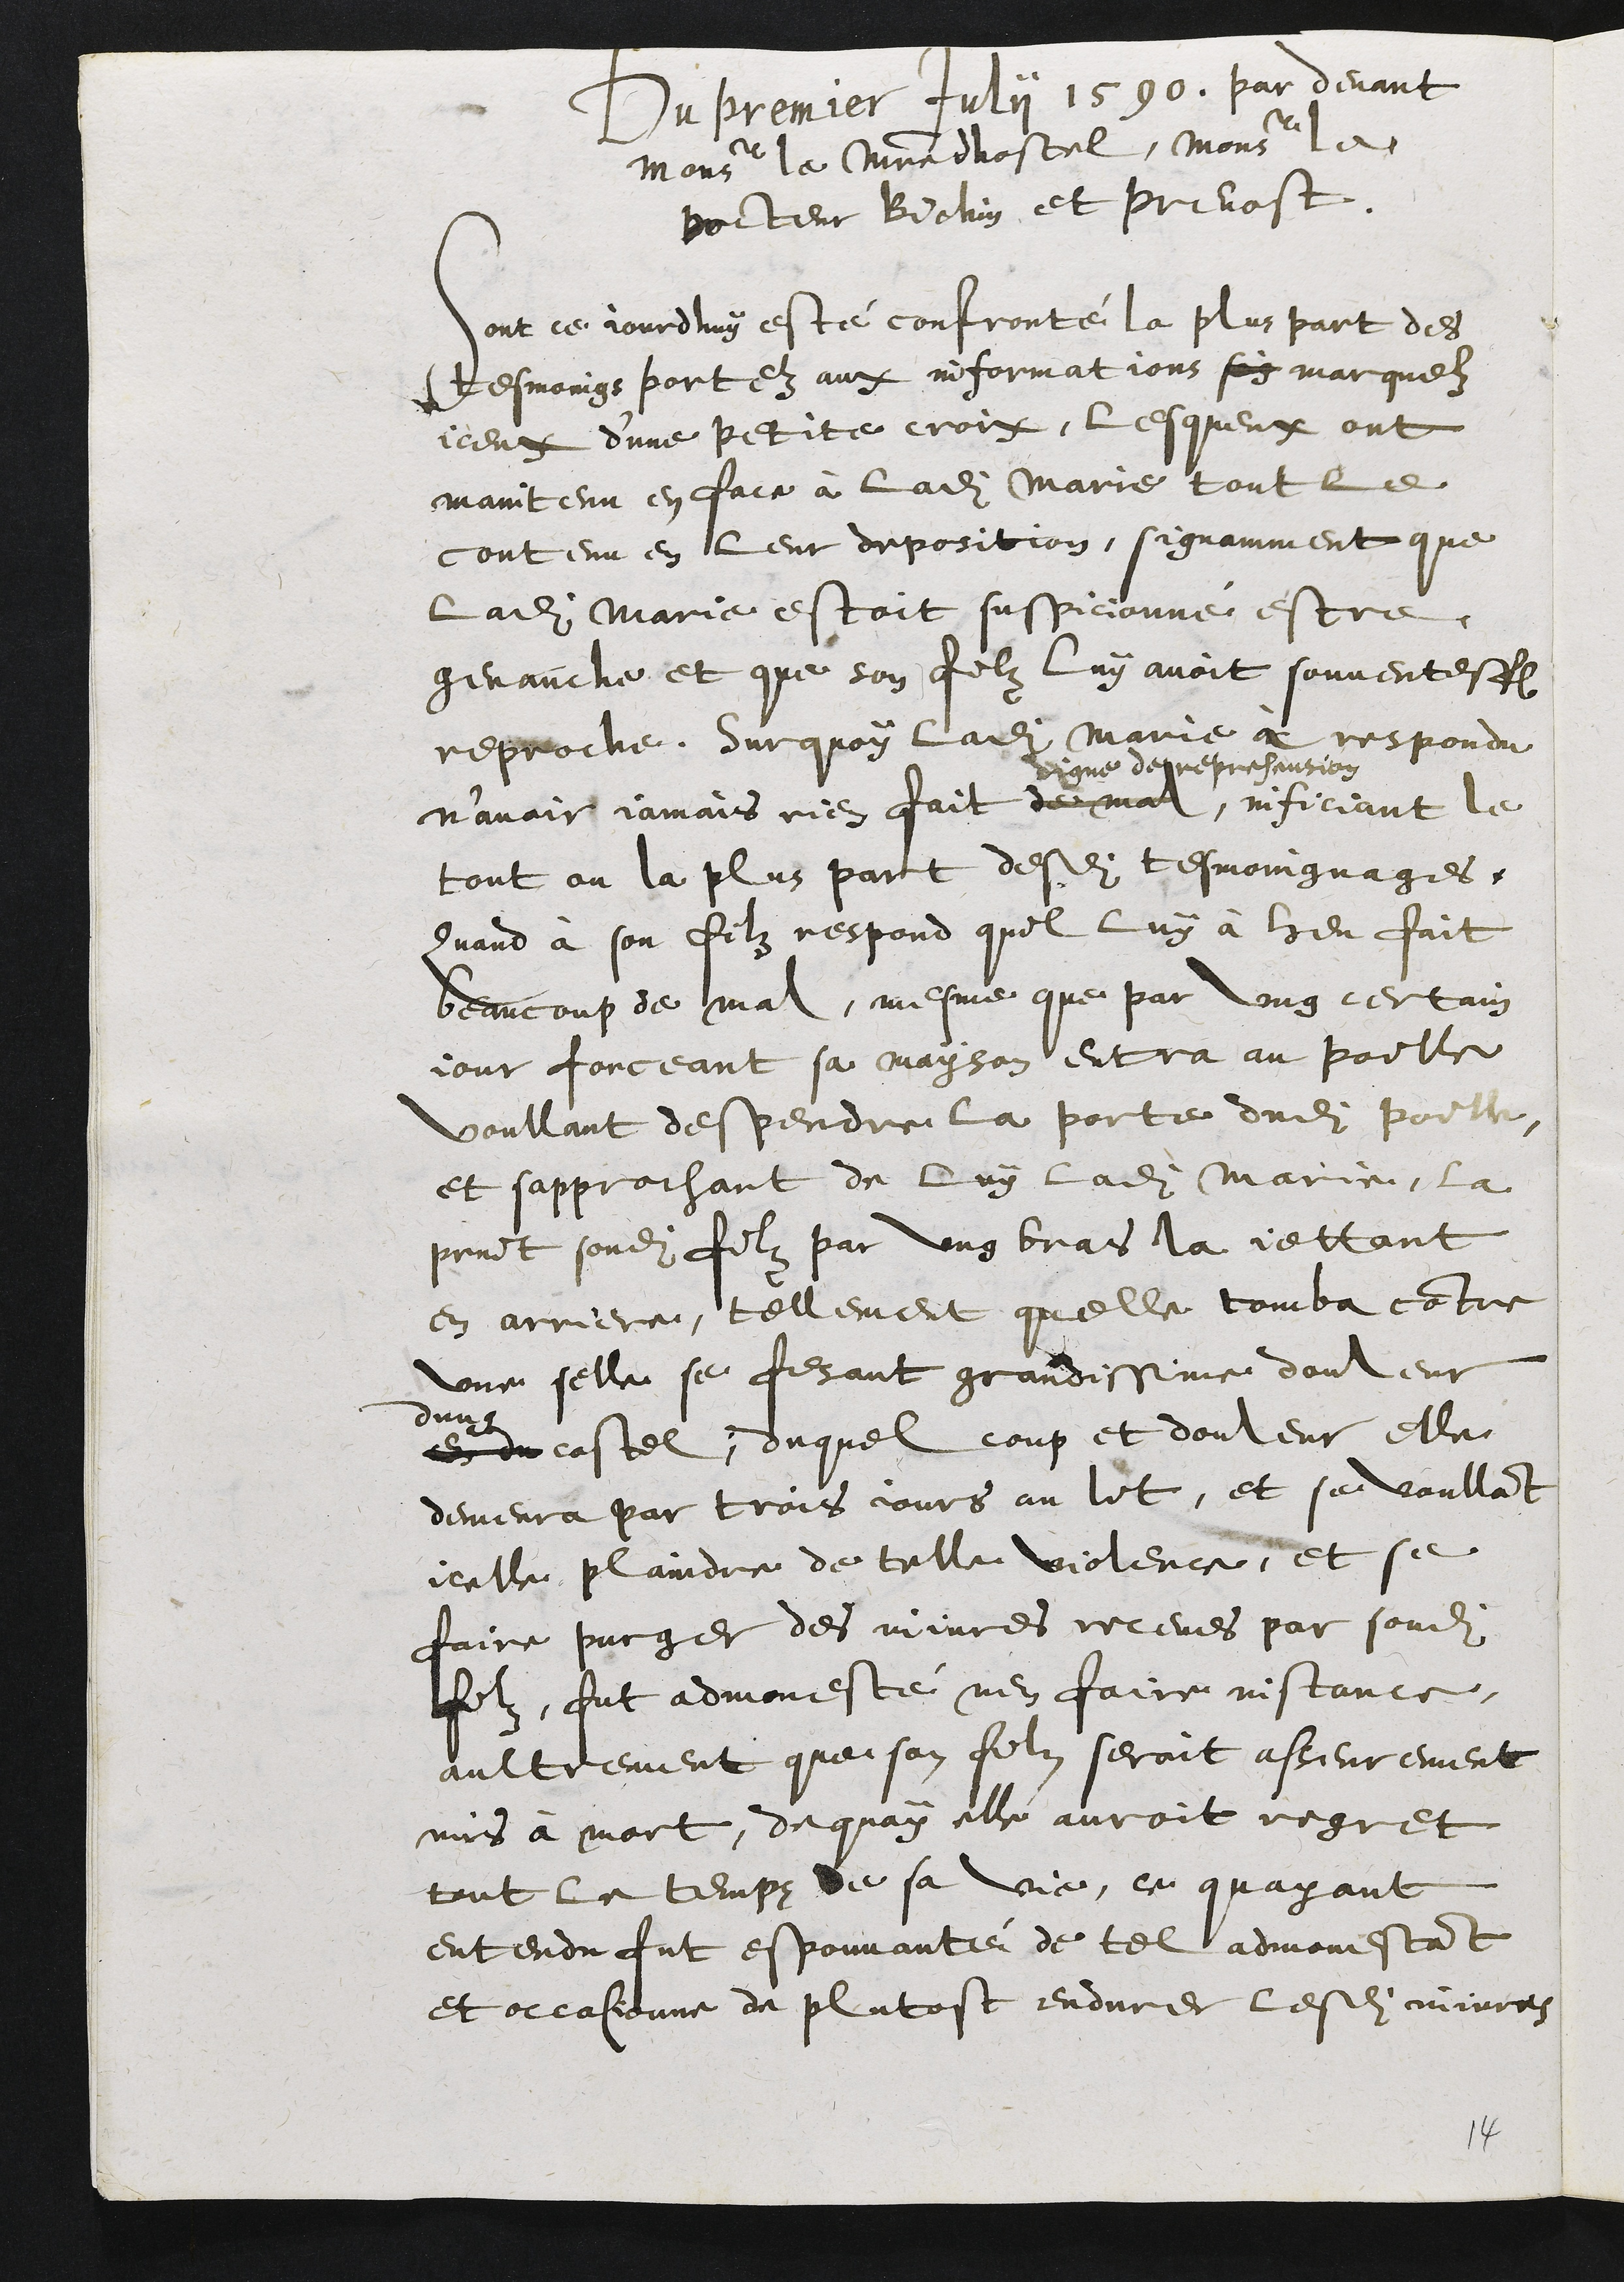
Du premier Julyi 1590. par devant
Monsieur le maistre dhostel, Monsieur le
pocteur Biohin et prevost.
dont ce jourdhuy esté confronté la plus part des
tesmoings portez aux informations soy marguelz
iceux d'une petite crois, lesqueux ont
maintenu en face à ladite Marie tout le
contenu en leur deposition, signamment que
ladite Marie estoit suspicionné estre
genauche et que son filz luy avoit souventeffois
reproché. Surquoy ladite Marie à respondu
n’avoir jamais rien fait de mal,
digne dereprehansion
inficiant le
tout ou la plus part desdites tesmoingnages,.
Quand à son filz respond quil luy à heu fait
beaucoup de mal, mesme que par ung certain
jour forceant sa mayson entra au poille
voullant despendre la porte dudit poille
et sapprochant de luy ladite Marie, la
print sondit filz par ung bras la jettant
en arriere, tellement quelle tomba contre
une selle se fisant grandissime douleur
dun
en du costel, duquel coup et douleur elle
demeura par trois jours au lit, et se voullant
icelle plaindre de telle violence, et se
faire purger des mivres receues par sondit
filz, fut admonesté nen faire instonce,
aultrement que son filz seroit asseurement
mis à mort, dequoy elle auroit regret
tout le temps de sa vie, ce quayant
entendu fut espouvanté de tel admonestant
et occasionne de plutost endurer lesdites mivres